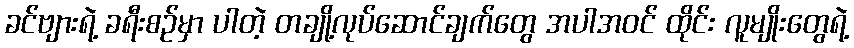
ခင်ဗျားရဲ့ ခရီးစဉ်မှာ ပါတဲ့ တချို့လုပ်ဆောင်ချက်တွေ အပါအဝင် ထိုင်း လူမျိုးတွေရဲ့